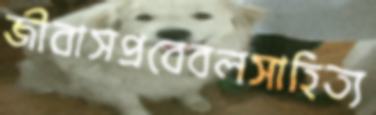
জীবাসপ্রবেবলসাহিত্য